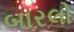
બારલો